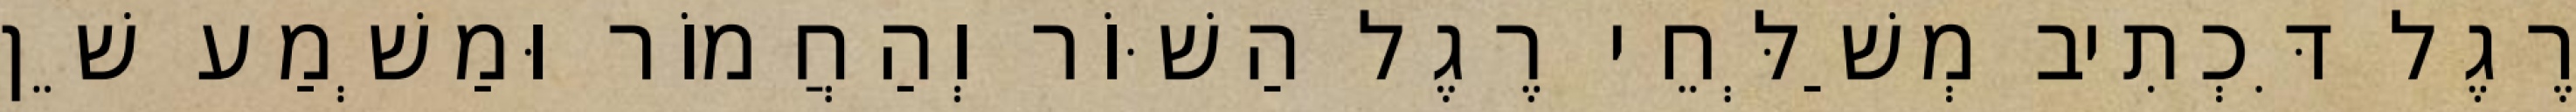
רֶגֶל דִּכְתִיב מְשַׁלְּחֵי רֶגֶל הַשּׁוֹר וְהַחֲמוֹר וּמַשְׁמַע שֵׁן